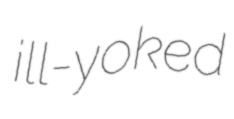
ill-yoked